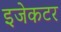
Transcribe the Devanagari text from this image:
इजेकटर